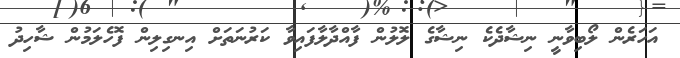
އަހަރެން ލޯބިވާނީ ނިޝާދެކެ ނިޝާގެ ލޮލުން ފާއްދާލާފައިވާ ކަރުނަތަށް އިނގިލިން ފޮހެލަމުން ޝާހިދު